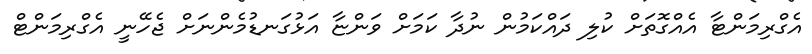
އެގްރިމަންޓާ އެއްގޮތަށް ކުލި ދައްކަމުން ނުދާ ކަމަށް ވަންޏާ އަޅުގަނޑުމެންނަށް ޖެހޭނީ އެގްރިމަންޓް